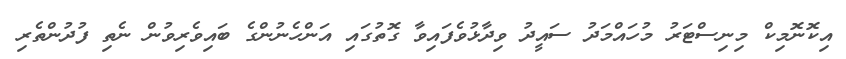
އިކޮނޮމިކް މިނިސްޓަރު މުހައްމަދު ސައީދު ވިދާޅުވެފައިވާ ގޮތުގައި އަންހެނުންގެ ބައިވެރިވުން ނެތި ފުދުންތެރި